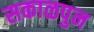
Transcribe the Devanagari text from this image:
सकाळपुन